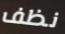
نظف